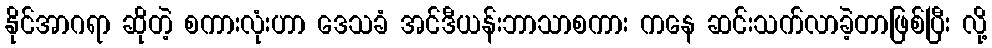
နိုင်အာဂရာ ဆိုတဲ့ စကားလုံးဟာ ဒေသခံ အင်ဒီယန်းဘာသာစကား ကနေ ဆင်းသက်လာခဲ့တာဖြစ်ပြီး လို့